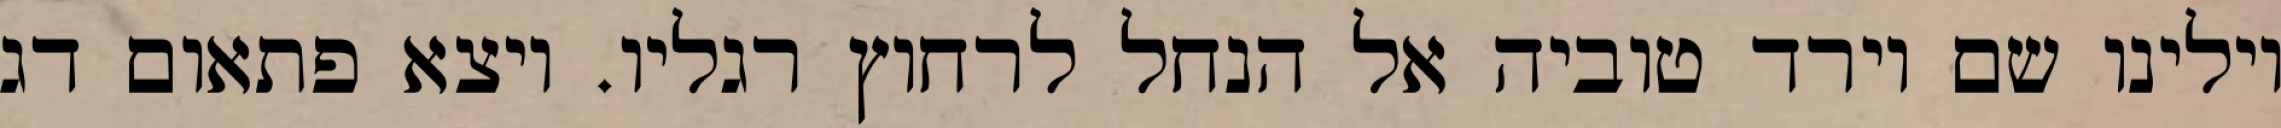
וילינו שם וירד טוביה אל הנחל לרחוץ רגליו. ויצא פתאום דג